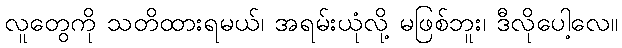
လူတွေကို သတိထားရမယ်၊ အရမ်းယုံလို့ မဖြစ်ဘူး၊ ဒီလိုပေါ့လေ။